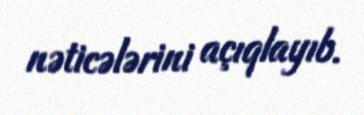
nəticələrini açıqlayıb.